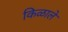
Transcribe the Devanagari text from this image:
किळाले